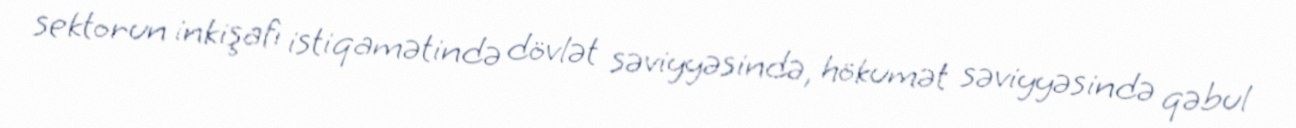
sektorun inkişafı istiqamətində dövlət səviyyəsində, hökumət səviyyəsində qəbul